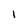
Character: I